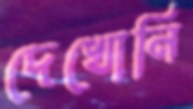
দেখোনি